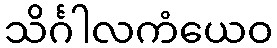
သိင်္ဂါလကံယေဝ